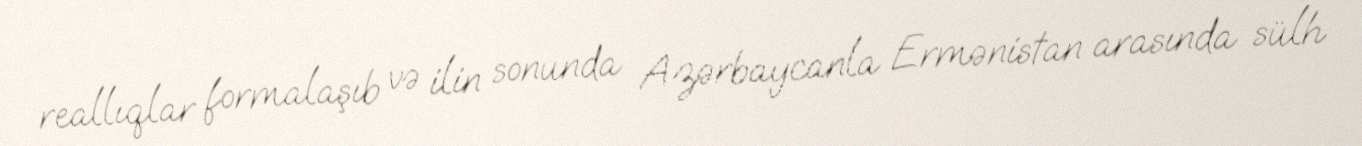
reallıqlar formalaşıb və ilin sonunda Azərbaycanla Ermənistan arasında sülh